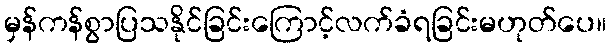
မှန်ကန်စွာပြသနိုင်ခြင်းကြောင့်လက်ခံရခြင်းမဟုတ်ပေ။